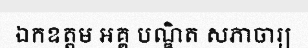
ឯកឧត្តម អគ្គ បណ្ឌិត សភាចារ្យ